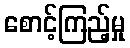
စောင့်ကြည့်မှု